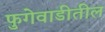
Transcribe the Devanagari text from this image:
फुगेवाडीतील